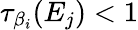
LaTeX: \tau_{\beta_{i}}(E_{j})<1